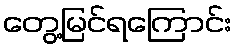
တွေ့မြင်ရကြောင်း